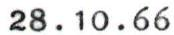
28.10.66